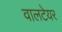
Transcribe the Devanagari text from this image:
वालटेयर